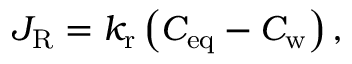
J _ { \mathrm { R } } = k _ { \mathrm { r } } \left( C _ { \mathrm { e q } } - C _ { \mathrm { w } } \right) ,